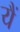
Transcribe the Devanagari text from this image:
यैं